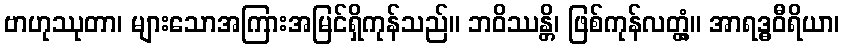
ဗာဟုဿုတာ၊ များသောအကြားအမြင်ရှိကုန်သည်။ ဘဝိဿန္တိ၊ ဖြစ်ကုန်လတ္တံ့။ အာရဒ္ဓဝီရိယာ၊